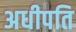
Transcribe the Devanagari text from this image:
अधीपति